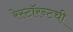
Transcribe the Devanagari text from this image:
रेस्टॉरन्टची